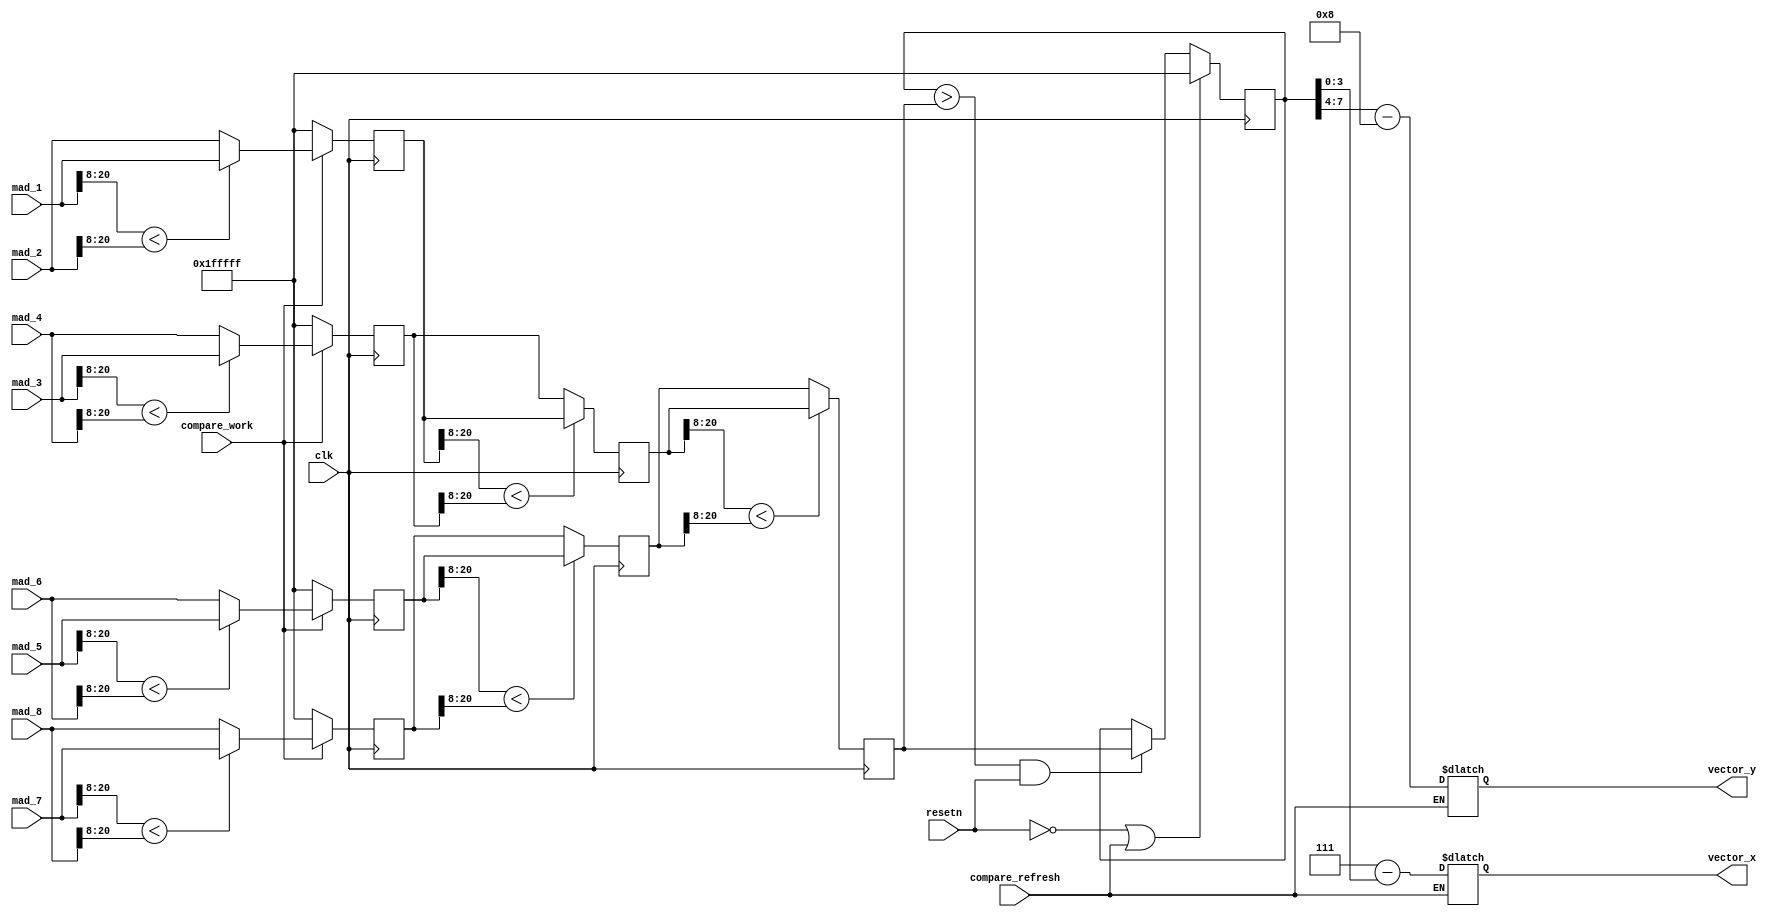
module compare(compare_work,compare_refresh,resetn,clk,mad_1,mad_2,mad_3,mad_4,mad_5,mad_6,mad_7,mad_8,vector_x,vector_y);
  input resetn;
  input compare_work;
  input clk;
  input [20:0]mad_1;
  input [20:0]mad_2;
  input [20:0]mad_3;
  input [20:0]mad_4;
  input [20:0]mad_5;
  input [20:0]mad_6;
  input [20:0]mad_7;
  input [20:0]mad_8;
  input compare_refresh;
 // output [19:0]comparefile;
  // output [20:0] compare_out;
  output [3:0]vector_x;
  output [3:0]vector_y;
  
  reg [20:0]mad_12_larger;
  reg [20:0]mad_34_larger;
  reg [20:0]mad_56_larger;
  reg [20:0]mad_78_larger;
  reg [20:0]mad_1234_larger;
  reg [20:0]mad_5678_larger;
  
 // reg [12:0]mad_out;
  reg [20:0]mad;
 // reg [7:0]address;
  reg [20:0]comparefile;
  //reg [7:0] compare_out;
  reg [3:0]vector_x;
  reg [3:0]vector_y;
  
  always @(posedge clk )
  begin
    if(compare_work)
      begin
	    mad_12_larger <= (mad_1[20:8] < mad_2[20:8]) ? mad_1 : mad_2;
	    mad_34_larger <= (mad_3[20:8] < mad_4[20:8]) ? mad_3 : mad_4;
	    mad_56_larger <= (mad_5[20:8] < mad_6[20:8]) ? mad_5 : mad_6;
	    mad_78_larger <= (mad_7[20:8] < mad_8[20:8]) ? mad_7 : mad_8;
      end
    else
      begin
        mad_12_larger <= 21'b111111111111111111111;
        mad_34_larger <= 21'b111111111111111111111;
        mad_56_larger <= 21'b111111111111111111111;
        mad_78_larger <= 21'b111111111111111111111;
      end
    
    mad_1234_larger <= (mad_12_larger[20:8] < mad_34_larger[20:8]) ? mad_12_larger : mad_34_larger;
	  mad_5678_larger <= (mad_56_larger[20:8] < mad_78_larger[20:8]) ? mad_56_larger : mad_78_larger;
		mad <= (mad_1234_larger[20:8] < mad_5678_larger[20:8]) ? mad_1234_larger : mad_5678_larger;
		
		
    if (!resetn || compare_refresh)
        comparefile <= 21'b111111111111111111111;
      
    else if(comparefile >mad && resetn)
          //out <= comparefile-mad;
          comparefile<=mad; 
             
    else
      comparefile<=comparefile;
	  
	/*if(compare_refresh)
	begin
	  vector_x <= 7-comparefile[3:0];
      vector_y <= comparefile[7:4] -8;
      //compare_out[20:8]=comparefile[20:8];
	end*/

  end
  
  always@(compare_refresh)
  begin
    if(compare_refresh)
	begin
	  vector_x = 7-comparefile[3:0];
      vector_y = comparefile[7:4] -8;
      //compare_out[20:8]=comparefile[20:8];
	end  
  end
    
    
  
endmodule